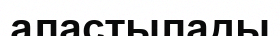
аластылады